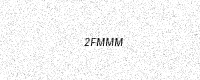
Text: 2FMMM